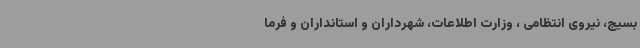
بسیج، نیروی انتظامی ، وزارت اطلاعات، شهرداران و استانداران و فرما